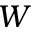
W